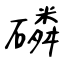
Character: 磷